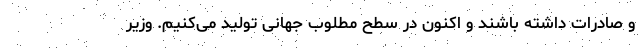
و صادرات داشته باشند و اکنون در سطح مطلوب جهانی تولید می‌کنیم. وزیر